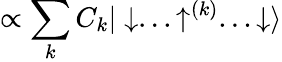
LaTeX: {\propto\sum_{k}C_{k}|\downarrow...\uparrow^{(k)}...\downarrow\rangle}